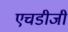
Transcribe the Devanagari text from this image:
एचडीजी